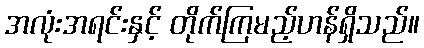
အလုံးအရင်းနှင့် တိုက်ကြမည့်ဟန်ရှိသည်။